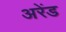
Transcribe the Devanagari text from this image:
अरेंड